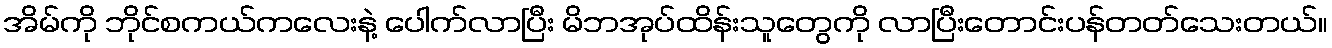
အိမ်ကို ဘိုင်စကယ်ကလေးနဲ့ ပေါက်လာပြီး မိဘအုပ်ထိန်းသူတွေကို လာပြီးတောင်းပန်တတ်သေးတယ်။